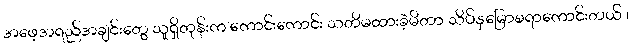
အဖေ့အရည်အချင်းတွေ သူရှိတုန်းက ကောင်းကောင်း သတိမထားခဲ့မိတာ သိပ်နှမြောစရာကောင်းတယ် ၊